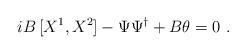
LaTeX: \begin{align*}iB \, [X^1,X^2]-\Psi\Psi^{\dagger}+B\theta=0~.\end{align*}